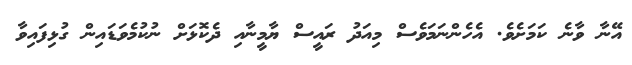
އޭނާ ވާނެ ކަމަށެވެ. އެހެންނަމަވެސް މިއަދު ރައީސް ޔާމީނާއި ދެކޮޅަށް ނުކުމެވަޑައިން ގުޅިފައިވާ